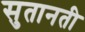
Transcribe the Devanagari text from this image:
सुतानती